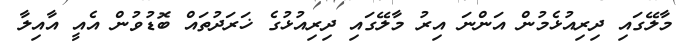
މާލޭގައި ދިރިއުޅެމުން އަންނަ އިރު މާލޭގައި ދިރިއުޅުގެ ޚަރަދުތައް ބޮޑުވުން އެއީ އާއިލާ